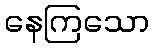
နေကြသော